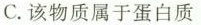
C.该物质属于蛋白质